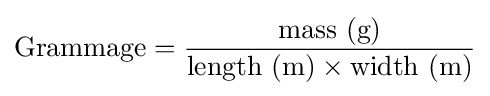
{\text{Grammage}}={\frac {{\text{mass}}{\text{ (g)}}}{{\text{length}}{\text{ }}({\text{m}})\times {\text{width}}{\text{ }}({\text{m}})}}